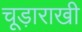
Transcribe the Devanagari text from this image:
चूड़ाराखी